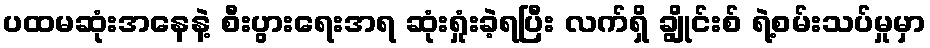
ပထမဆုံးအနေနဲ့ စီးပွားရေးအရ ဆုံးရှုံးခဲ့ရပြီး လက်ရှိ ချွိုင်းစ် ရဲ့စမ်းသပ်မှုမှာ